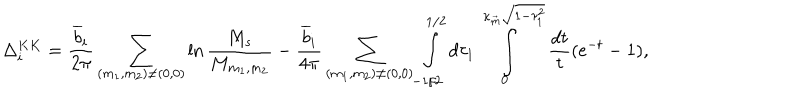
\Delta _ { i } ^ { K K } = \frac { { \overline { { { b } } } _ { i } } } { 2 \pi } \sum _ { ( m _ { 1 } , m _ { 2 } ) \not = ( 0 , 0 ) } ^ { { } } \ln \frac { M _ { s } } { M _ { m _ { 1 } , m _ { 2 } } } - \frac { { \overline { { { b } } } _ { i } } } { 4 \pi } \sum _ { ( m _ { 1 } , m _ { 2 } ) \not = ( 0 , 0 ) } ^ { { } } \int _ { - 1 / 2 } ^ { 1 / 2 } d \tau _ { 1 } \int _ { 0 } ^ { \kappa _ { \vec { m } } \sqrt { 1 - \tau _ { 1 } ^ { 2 } } } \frac { d t } { t } ( e ^ { - t } - 1 ) ,